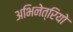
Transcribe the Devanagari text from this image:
अभिनेत्रियो